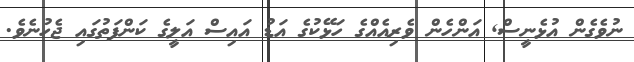
ނުވެގެން އުޅެނީސް